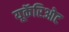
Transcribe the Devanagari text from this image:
यूकॅरिओट